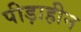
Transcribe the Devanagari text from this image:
पीड़ाहीन